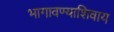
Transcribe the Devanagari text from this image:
भागावण्याशिवाय